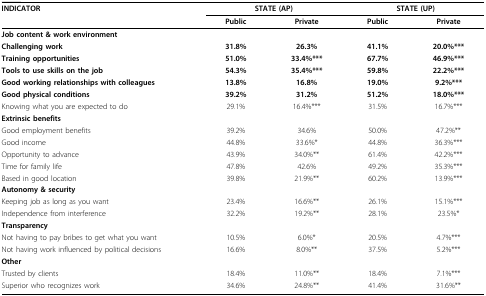
<table><thead><tr><td><b>INDICATOR</b></td><td colspan="2"><b>STATE (AP)</b></td><td colspan="2"><b>STATE (UP)</b></td></tr><tr><td></td><td><b>Public</b></td><td><b>Private</b></td><td><b>Public</b></td><td><b>Private</b></td></tr></thead><tbody><tr><td><b>Job content &amp; work environment</b></td><td></td><td></td><td></td><td></td></tr><tr><td><b>Challenging work</b></td><td><b>31.8%</b></td><td><b>26.3%</b></td><td><b>41.1%</b></td><td><b>20.0%***</b></td></tr><tr><td><b>Training opportunities</b></td><td><b>51.0%</b></td><td><b>33.4%***</b></td><td><b>67.7%</b></td><td><b>46.9%***</b></td></tr><tr><td><b>Tools to use skills on the job</b></td><td><b>54.3%</b></td><td><b>35.4%***</b></td><td><b>59.8%</b></td><td><b>22.2%***</b></td></tr><tr><td><b>Good working relationships with colleagues</b></td><td><b>13.8%</b></td><td><b>16.8%</b></td><td><b>19.0%</b></td><td><b>9.2%***</b></td></tr><tr><td><b>Good physical conditions</b></td><td><b>39.2%</b></td><td><b>31.2%</b></td><td><b>51.2%</b></td><td><b>18.0%***</b></td></tr><tr><td>Knowing what you are expected to do</td><td>29.1%</td><td>16.4%***</td><td>31.5%</td><td>16.7%***</td></tr><tr><td><b>Extrinsic benefits</b></td><td></td><td></td><td></td><td></td></tr><tr><td>Good employment benefits</td><td>39.2%</td><td>34.6%</td><td>50.0%</td><td>47.2%**</td></tr><tr><td>Good income</td><td>44.8%</td><td>33.6%*</td><td>44.8%</td><td>36.3%***</td></tr><tr><td>Opportunity to advance</td><td>43.9%</td><td>34.0%**</td><td>61.4%</td><td>42.2%***</td></tr><tr><td>Time for family life</td><td>47.8%</td><td>42.6%</td><td>49.2%</td><td>35.3%***</td></tr><tr><td>Based in good location</td><td>39.8%</td><td>21.9%**</td><td>60.2%</td><td>13.9%***</td></tr><tr><td><b>Autonomy &amp; security</b></td><td></td><td></td><td></td><td></td></tr><tr><td>Keeping job as long as you want</td><td>23.4%</td><td>16.6%**</td><td>26.1%</td><td>15.1%***</td></tr><tr><td>Independence from interference</td><td>32.2%</td><td>19.2%**</td><td>28.1%</td><td>23.5%*</td></tr><tr><td><b>Transparency</b></td><td></td><td></td><td></td><td></td></tr><tr><td>Not having to pay bribes to get what you want</td><td>10.5%</td><td>6.0%*</td><td>20.5%</td><td>4.7%***</td></tr><tr><td>Not having work influenced by political decisions</td><td>16.6%</td><td>8.0%**</td><td>37.5%</td><td>5.2%***</td></tr><tr><td><b>Other</b></td><td></td><td></td><td></td><td></td></tr><tr><td>Trusted by clients</td><td>18.4%</td><td>11.0%**</td><td>18.4%</td><td>7.1%***</td></tr><tr><td>Superior who recognizes work</td><td>34.6%</td><td>24.8%**</td><td>41.4%</td><td>31.6%**</td></tr></tbody></table>